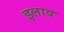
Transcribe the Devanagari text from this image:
इलाव